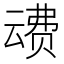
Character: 𰷦